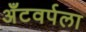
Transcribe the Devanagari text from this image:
अँटवर्पला